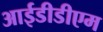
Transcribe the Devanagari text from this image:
आईडीडीएम